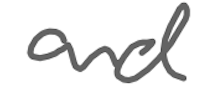
Text: and
Cross-out: clean
Writing tool: digital_gray